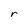
Character: r